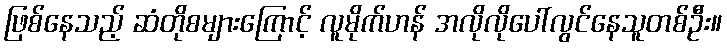
ဖြစ်နေသည့် ဆံတိုစများကြောင့် လူမိုက်ဟန် အလိုလိုပေါ်လွင်နေသူတစ်ဦး။